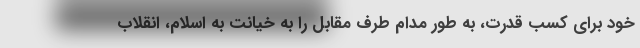
خود برای کسب قدرت، به طور مدام طرف مقابل را به خیانت به اسلام، انقلاب